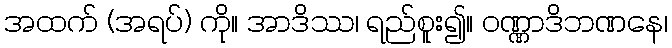
အထက် (အရပ်) ကို။ အာဒိဿ၊ ရည်စူး၍။ ဝဏ္ဏာဒိဘဏနေ၊